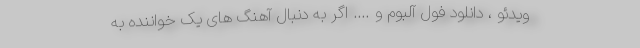
ویدئو ، دانلود فول آلبوم و …. اگر به دنبال آهنگ های یک خواننده به